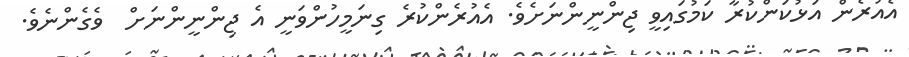
އެއުރެން އަޅުކަންކުރާ ކަމުގައިވީ ޖިންނީންނަށެވެ. އެއުރެންކުރެ ގިނަމީހުންވަނީ އެ ޖިންނީންނަށް  ވެގެންނެވެ.